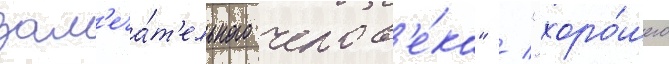
зам'еча́т'ельного челов'е́ка" / "хоро́шего